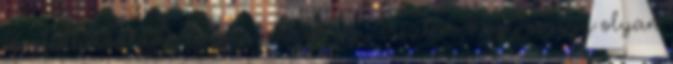
megfutamodtam, de egyszerűen úgy éreztem, hogy ez egy olyan